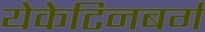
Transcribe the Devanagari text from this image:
येकेटिनबर्ग